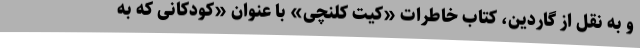
و به نقل از گاردین، کتاب خاطرات «کیت کلنچی» با عنوان «کودکانی که به